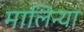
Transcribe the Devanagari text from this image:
मालिन्या